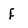
Character: F